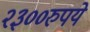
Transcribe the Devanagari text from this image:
२३००रुपये